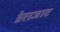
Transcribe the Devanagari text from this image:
डेराजाट